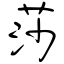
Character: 莎